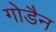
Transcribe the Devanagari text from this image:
गोडैन